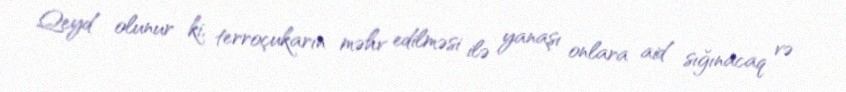
Qeyd olunur ki, terroçukarın məhv edilməsi ilə yanaşı onlara aid sığınacaq və